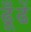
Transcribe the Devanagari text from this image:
ढूँढें